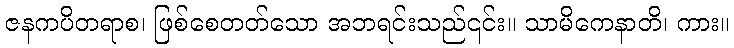
ဇနကပိတရာစ၊ ဖြစ်စေတတ်သော အဘရင်းသည်၎င်း။ သာမိကေနာတိ၊ ကား။